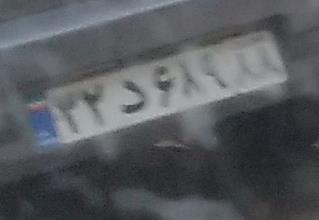
۳۲د۶۸۹۸۸